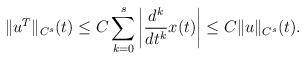
LaTeX: \begin{align*}\|u^T\|_{C^s}(t)\leq C \sum_{k=0}^s \left| \frac{d^k}{dt^k} x(t) \right|\leq C \|u\|_{C^s}(t).\end{align*}